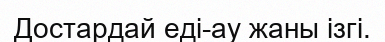
Достардай еді-ау жаны ізгі.